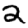
Digit: 2